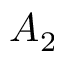
A _ { 2 }